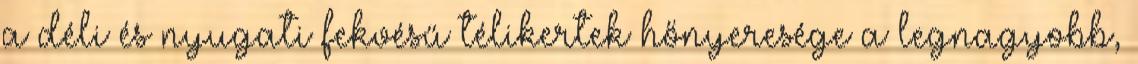
a déli és nyugati fekvésű télikertek hőnyeresége a legnagyobb,